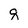
Character: q